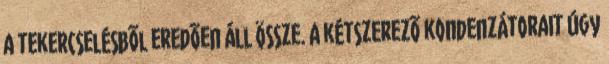
a tekercselésbõl eredõen áll össze. A kétszerezõ kondenzátorait úgy